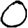
Digit: 0